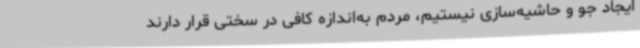
ایجاد جو و حاشیه‌سازی نیستیم، مردم به‌اندازه کافی در سختی قرار دارند